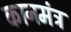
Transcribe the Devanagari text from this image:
कानमंत्र